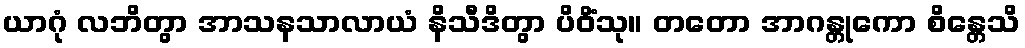
ယာဂုံ လဘိတွာ အာသနသာလာယံ နိသီဒိတွာ ပိဝိံသု။ တတော အာဂန္တုကော စိန္တေသိ